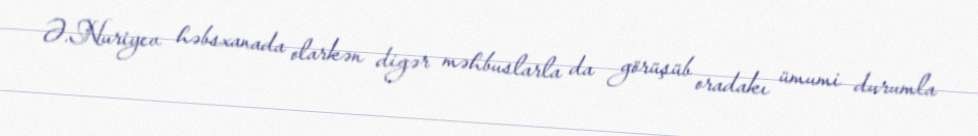
Ə.Nuriyev həbsxanada olarkən digər məhbuslarla da görüşüb oradakı ümumi durumla